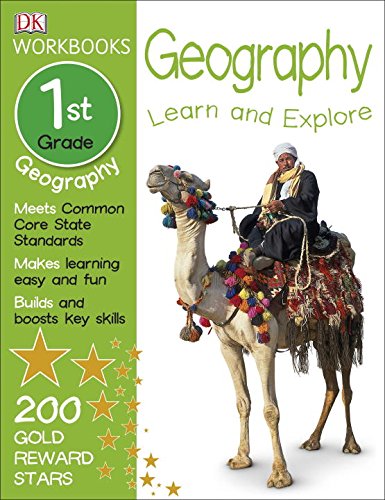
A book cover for DK Workbooks: Geography, First Grade; DK; Children's Books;